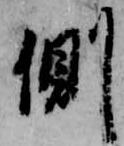
側